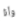
وأنا